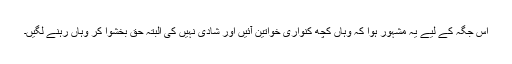
اس جگہ کے لیے یہ مشہور ہوا کہ وہاں کچھ کنواری خواتین آئیں اور شادی نہیں کی البتہ حق بخشوا کر وہاں رہنے لگیں۔